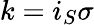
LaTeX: k=i_{S}\sigma